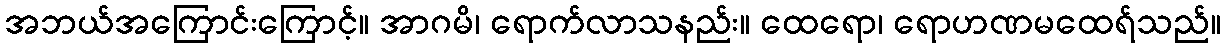
အဘယ်အကြောင်းကြောင့်။ အာဂမိ၊ ရောက်လာသနည်း။ ထေရော၊ ရောဟဏမထေရ်သည်။